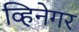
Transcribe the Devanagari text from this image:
व्हिनेगर